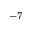
^ { - 7 }